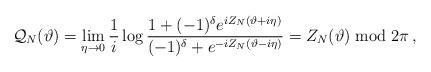
LaTeX: \begin{align*}{\cal Q}_{N}(\vartheta )=\mathop {\lim }_{\eta \rightarrow 0}\frac{1}{i}\log \frac{1+(-1)^{\delta }e^{iZ_{N}(\vartheta +i\eta )}}{(-1)^{\delta }+e^{-iZ_{N}(\vartheta -i\eta )}}=Z_{N}(\vartheta )\bmod 2\pi \: ,\end{align*}